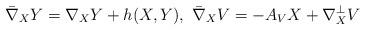
LaTeX: \begin{align*}\bar{\nabla}_XY = \nabla_XY +h(X,Y),\ \bar{\nabla}_XV = -A_VX + \nabla_X^{\perp}V\end{align*}